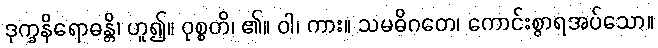
ဒုက္ခနိရောဓန္တိ၊ ဟူ၍။ ဝုစ္စတိ၊ ၏။ ဝါ၊ ကား။ သမဓိဂတေ၊ ကောင်းစွာရအပ်သော။